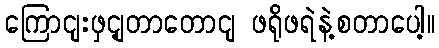
ကြောငျးဖှင့ျတာတောငျ ဖရိုဖရဲနဲ့စတာပေါ့။